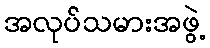
အလုပ်သမားအဖွဲ့